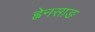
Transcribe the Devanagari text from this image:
ह्वेनसाङ